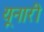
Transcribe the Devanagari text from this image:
यूनारी